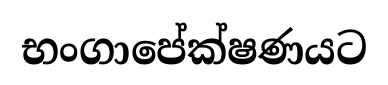
භංගාපේක්ෂණයට